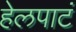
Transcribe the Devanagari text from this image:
हेलपाटं